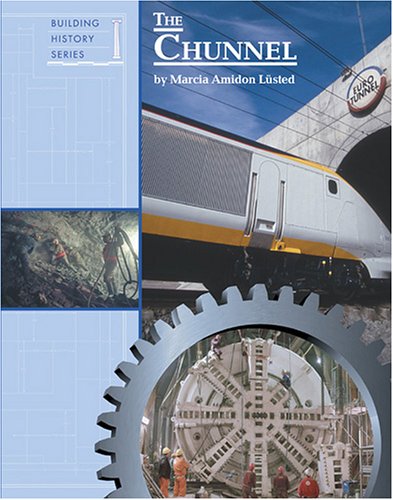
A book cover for The Chunnel (Building History); Marcia Amidon Lusted; Teen & Young Adult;